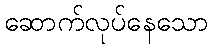
ဆောက်လုပ်နေသော